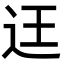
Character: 迋